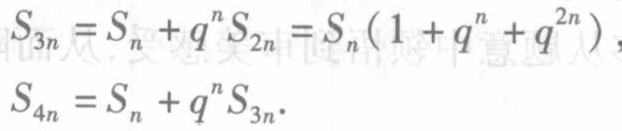
\[
\begin{align*}
S_{3n}&=S_{n}+q^{n}S_{2n}=S_{n}(1 + q^{n}+q^{2n}),\\
S_{4n}&=S_{n}+q^{n}S_{3n}.
\end{align*}
\]